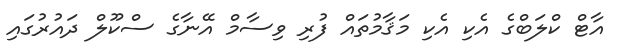
އާޓް ކްލަބްގެ އެކި އެކި މަޤާމުތައް ފުރި ވިސާމް އޭނާގެ ސްކޫލް ދައުރުގައި